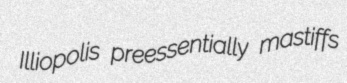
Illiopolis preessentially mastiffs